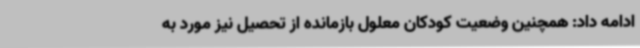
ادامه داد: همچنین وضعیت کودکان معلول بازمانده از تحصیل نیز مورد به